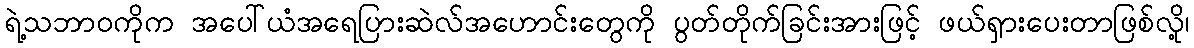
ရဲ့သဘာဝကိုက အပေါ်ယံအရေပြားဆဲလ်အဟောင်းတွေကို ပွတ်တိုက်ခြင်းအားဖြင့် ဖယ်ရှားပေးတာဖြစ်လို့၊